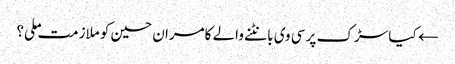
← کیا سڑک پر سی وی بانٹنے والے کامران حسین کو ملازمت ملی؟